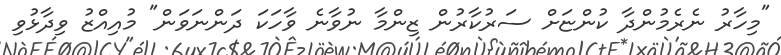
"މިހާރު ނެރެމުންދާ ކުންޏަށް ސަރުކާރުން ޒިންމާ ނުވާނެ ވާހަކަ ދަންނަވަން" މުއިއްޒު ވިދާޅުވި